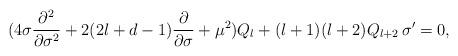
LaTeX: \begin{align*} ( 4\sigma \frac{\partial^2 }{\partial \sigma^2}+2(2l+d-1)\frac{\partial }{\partial \sigma}+\mu^2) Q_l +(l+1)(l+2) Q_{l+2}\,\sigma' =0,\end{align*}